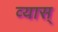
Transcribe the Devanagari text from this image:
व्यास्